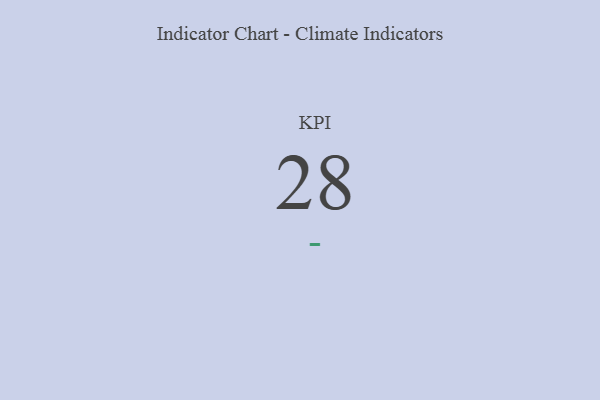
{"axis": {"x": "KPI", "y": "Value"}, "legend": [""], "data": [{"x": "KPI", "y": 28, "type": ""}]}